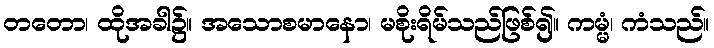
တတော၊ ထိုအခါ၌။ အသောစမာနော၊ မစိုးရိမ်သည်ဖြစ်၍။ ကမ္မံ၊ ကံသည်။